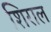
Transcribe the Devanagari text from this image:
शिराल